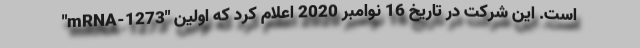
"mRNA-1273" است. این شرکت در تاریخ 16 نوامبر 2020 اعلام کرد که اولین